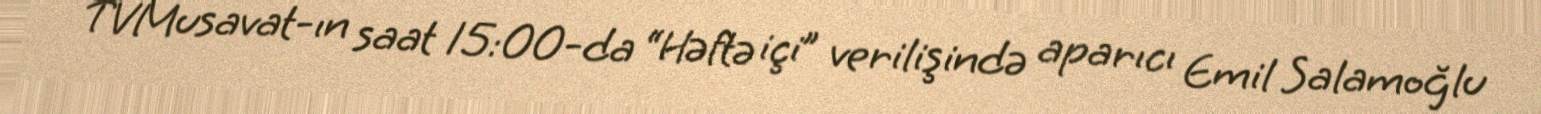
TVMusavat-ın saat 15:00-da “Həftə içi” verilişində aparıcı Emil Salamoğlu